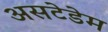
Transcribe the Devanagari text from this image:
असटेडेम